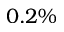
0 . 2 \%